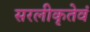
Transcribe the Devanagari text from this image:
सरलीकृतेवं